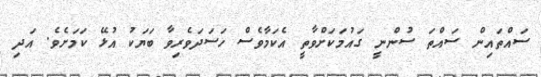
ސައްތައިން ސައްތަ ސުންނީ ގައުމަކަށްވާތީ އެކަމާވެސް ހަސަދަވެރިވާ ބަޔަކު އުޅޭ ކަމަށެވެ. އަދި